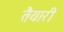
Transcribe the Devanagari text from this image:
तैेयारी